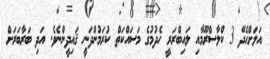
އަލަށްހެދޭ 3 ކްލާސްރޫމާއި ލައިބްރަރީ ހެދުމުގެ މަސައްކަތް ކުރަމުންދަނީ ޤައިދީންނެވެ. އަދި ބަރާބަރަށް